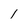
Character: 1